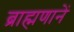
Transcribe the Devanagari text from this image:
ब्राह्मणानें